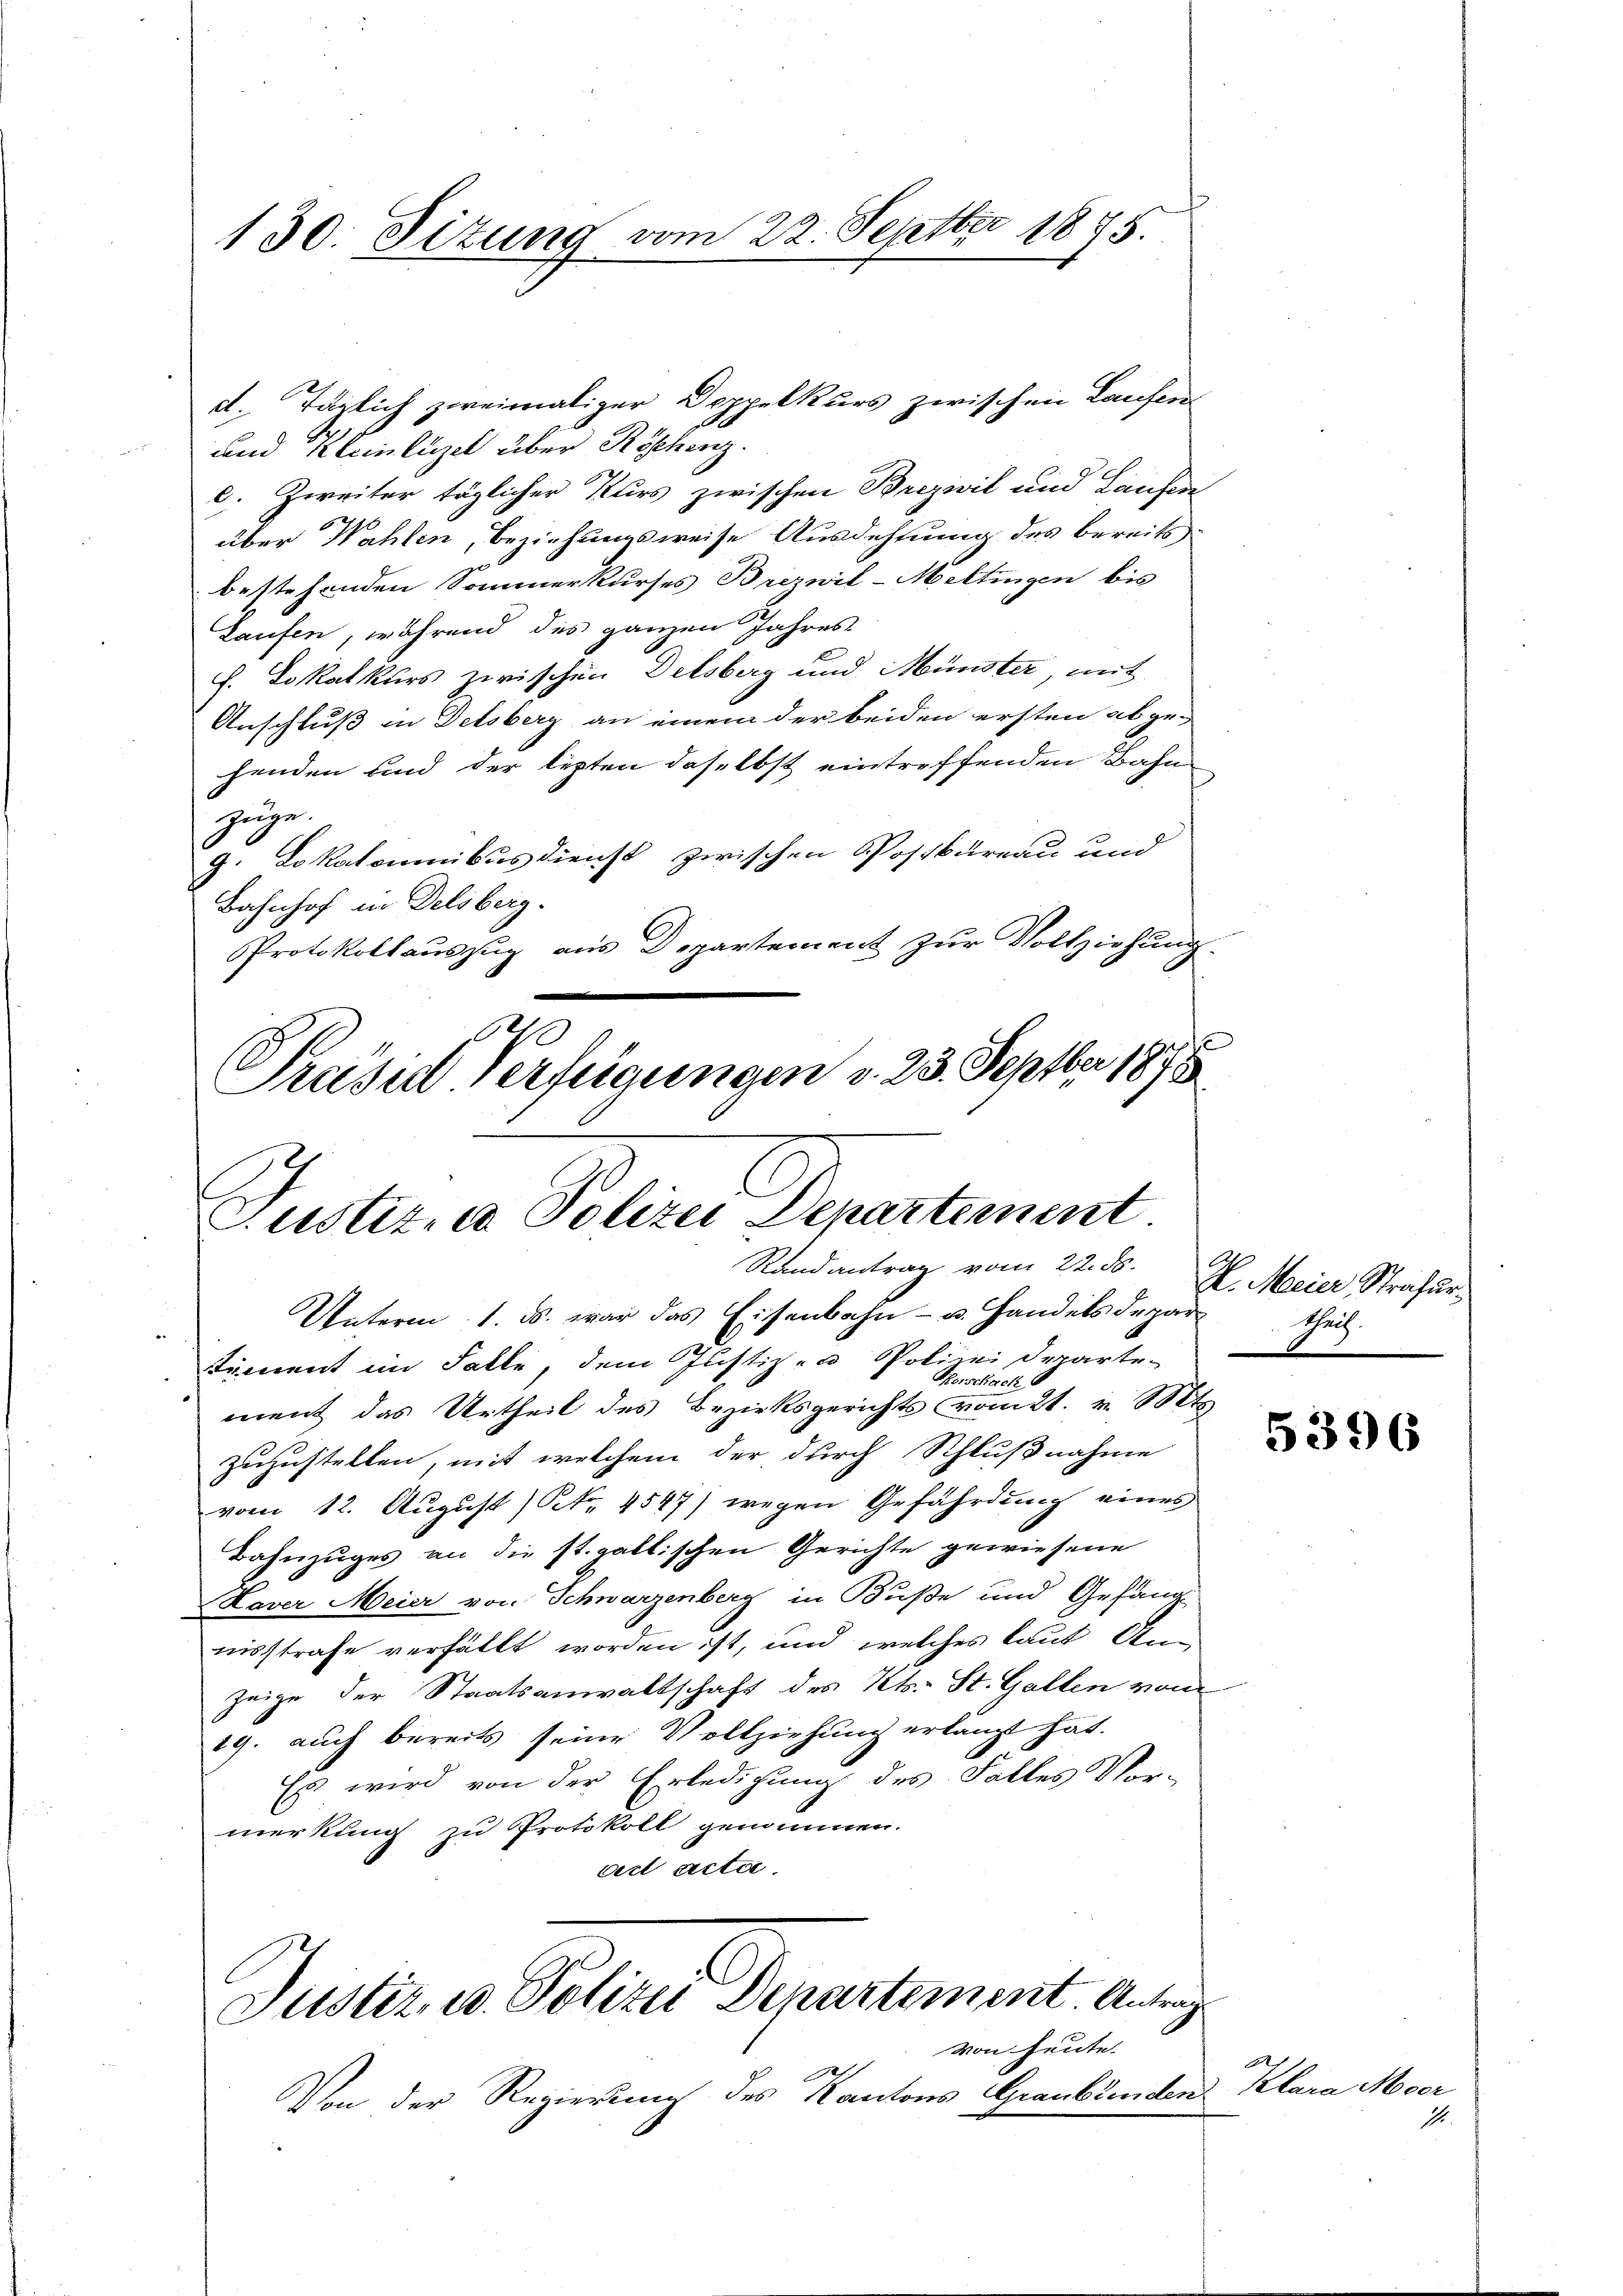
130. Sizung vom 22. Septbr 1875.

d. Täglich zweimaliger Doppelkurs zwischen Laufer
und Kleinlizel über Köschenz.
c. Zweiter täglicher Kurs zwischen Brizwil und Laufene
über Wahlen, Beziehungsweise Ausdehnung des bereits
bestehenden Sommerkurses Brezwil-Mettingen bis
Laufen, während des ganzen Jahres
E. Lokalkurs zwischen Delsberg und Münster mit
Anschluß in Delsberg an einem der beiden ersten abge-
henden und der lezten daselbst eintreffenden Bahn
Zuge.
9. Lokalomnibus dienst zwischen Postkureau und
Bahnhof in Delsberg-
Protokollauszug aus Departement zur Vollziehung.

Präsid-Verfügungen v. 23. Septbr 1875
E
Justiz- & Polizei Departement
Randantrag vom 22. ds.

Unterm 1. ds. war das Eisenbahn- u. Handels Departhei
timent im Falle, dem Justiz- & Polizei Departe-
Korschack
ment das Urtheil des Bezirksgerichts vom 2t. v. Mts
zuzustellen, mit welchem der durch Schlußnahme
vom 12. August (Art. 4547) wegen Gefährdung eines
Bahnzuges an die st. galtischen Gerichte gewiesene
Laver Meier von Schwarzenberg in Buße und Gefäng
nisstrafe verfällt worden ist, und welches laut An-
zeige der Staatsanwaltschaft des Kts. St. Gallen vom
29. auch bereits seine Vollziehung erlangt hat.
Es wird von der Erledigung des Falles Vor-
merkung zu Protokoll genommen.
ad acta.

Justiz u. Polizei Departement. Antrag

von heute.
s
Von der Regierung des Kantons Graubünden Klara Moor

H. Meier Strafur¬

5396

.
1.